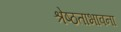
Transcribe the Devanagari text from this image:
श्रेष्ठताभावना